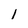
Character: 1